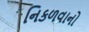
નિકળવાનો